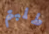
طلبتم